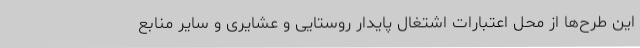
این طرح‌ها از محل اعتبارات اشتغال پایدار روستایی و عشایری و سایر منابع